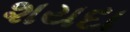
શયદા